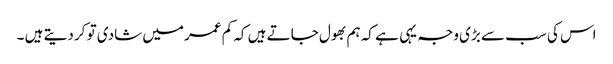
اس کی سب سے بڑی وجہ یہی ہے کہ ہم بھول جاتے ہیں کہ کم عمر میں شادی تو کر دیتے ہیں ۔